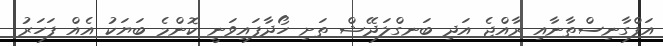
އަފްގާނިސްތާނާއި ރާއްޖެ އަދި ބަނގްލަދޭޝް ތަށި ހޯދާފައިވަނީ ކޮންމެ ބަޔަކު އެއް ފަހަރު